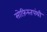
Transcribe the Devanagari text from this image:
सोफ़िस्तपंथी